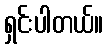
ရှင်းပါတယ်။